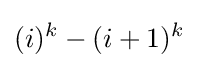
(i)^{k}-(i+1)^{k}